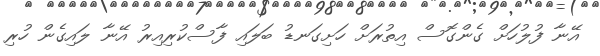
އޭނާ ފުލުހަށް ގެންގޮސް އިތުރަށް ހަށިގަނޑު ބަލައި ފާސްކުރިއިރު އޭނާ ލައިގެން ހުރި